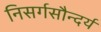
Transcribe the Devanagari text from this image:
निसर्गसौन्दर्य